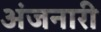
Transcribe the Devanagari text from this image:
अंजनारी